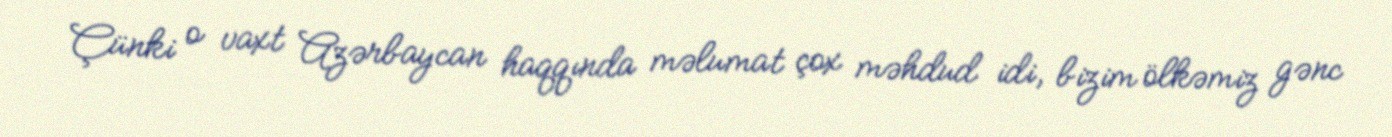
Çünki o vaxt Azərbaycan haqqında məlumat çox məhdud idi, bizim ölkəmiz gənc